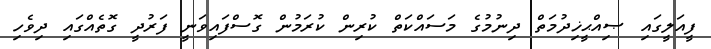
ފީއަލީގައި ޞިއްޙީޚިދުމަތް ދިނުމުގެ މަސައްކަތް ކުރިން ކުރަމުން ގޮސްފައިވަނީ ފަރުދީ ގޮތެއްގައި ދިވެހި